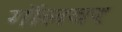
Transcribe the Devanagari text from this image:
गॉलवर